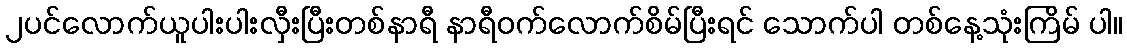
၂ပင်လောက်ယူပါးပါးလှီးပြီးတစ်နာရီ နာရီဝက်လောက်စိမ်ပြီးရင် သောက်ပါ တစ်နေ့သုံးကြိမ် ပါ။